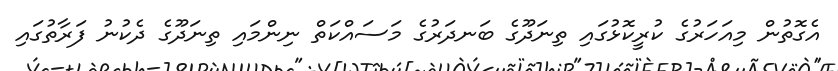
އެގޮތުން މިއަހަރުގެ ކުރީކޮޅުގައި ތިނަދޫގެ ބަނދަރުގެ މަސައްކަތް ނިންމައި ތިނަދޫގެ ދެކުނު ފަރާތުގައި